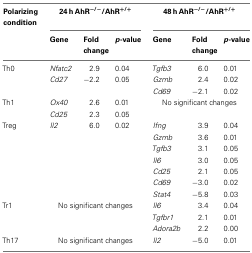
<table><thead><tr><td><b>Polarizing condition</b></td><td colspan="3"><b>24 h AhR<sup>−/−</sup>/AhR<sup>+/+</sup></b></td><td colspan="3"><b>48 h AhR<sup>−/−</sup>/AhR<sup>+/+</sup></b></td></tr><tr><td></td><td><b>Gene</b></td><td><b>Fold change</b></td><td><b><i>p</i>-value</b></td><td><b>Gene</b></td><td><b>Fold change</b></td><td><b><i>p</i>-value</b></td></tr></thead><tbody><tr><td>Th0</td><td><i>Nfatc2</i></td><td>2.9</td><td>0.04</td><td><i>Tgfb3</i></td><td>6.0</td><td>0.01</td></tr><tr><td></td><td><i>Cd27</i></td><td>−2.2</td><td>0.05</td><td><i>Gzmb</i></td><td>2.4</td><td>0.02</td></tr><tr><td></td><td></td><td></td><td></td><td><i>Cd69</i></td><td>−2.1</td><td>0.02</td></tr><tr><td>Th1</td><td><i>Ox40</i></td><td>2.6</td><td>0.01</td><td colspan="3">No significant changes</td></tr><tr><td></td><td><i>Cd25</i></td><td>2.3</td><td>0.05</td><td colspan="2"></td></tr><tr><td>Treg</td><td><i>Il2</i></td><td>6.0</td><td>0.02</td><td><i>Ifng</i></td><td>3.9</td><td>0.04</td></tr><tr><td></td><td></td><td></td><td></td><td><i>Gzmb</i></td><td>3.6</td><td>0.01</td></tr><tr><td></td><td></td><td></td><td></td><td><i>Tgfb3</i></td><td>3.1</td><td>0.05</td></tr><tr><td></td><td></td><td></td><td></td><td><i>Il6</i></td><td>3.0</td><td>0.05</td></tr><tr><td></td><td></td><td></td><td></td><td><i>Cd25</i></td><td>2.1</td><td>0.05</td></tr><tr><td></td><td></td><td></td><td></td><td><i>Cd69</i></td><td>−3.0</td><td>0.02</td></tr><tr><td></td><td></td><td></td><td></td><td><i>Stat4</i></td><td>−5.8</td><td>0.03</td></tr><tr><td>Tr1</td><td colspan="3">No significant changes</td><td><i>Il6</i></td><td>3.4</td><td>0.04</td></tr><tr><td></td><td></td><td></td><td></td><td><i>Tgfbr1</i></td><td>2.1</td><td>0.01</td></tr><tr><td></td><td></td><td></td><td></td><td><i>Adora2b</i></td><td>2.2</td><td>0.00</td></tr><tr><td>Th17</td><td colspan="3">No significant changes</td><td><i>Il2</i></td><td>−5.0</td><td>0.01</td></tr></tbody></table>